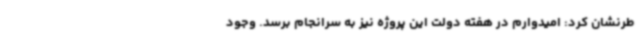
طرنشان کرد: امیدوارم در هفته دولت این پروژه نیز به سرانجام برسد. وجود